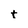
Character: t